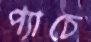
প্যাচে